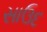
સાઉદ